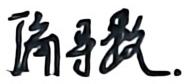
阶导数.